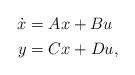
LaTeX: \begin{align*} \begin{aligned} \dot{x} &= Ax + Bu \\ y &=Cx + Du, \end{aligned}\end{align*}